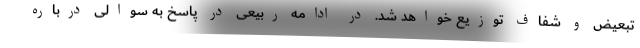
تبعیض و شفاف توزیع خواهد شد. در ادامه ربیعی در پاسخ به سوالی درباره